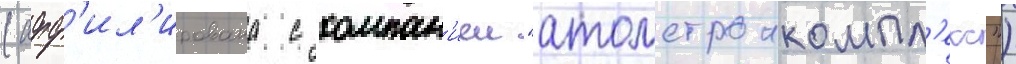
(афф'ил'ирована с компан'иеи "атомстроикомпл'екс")